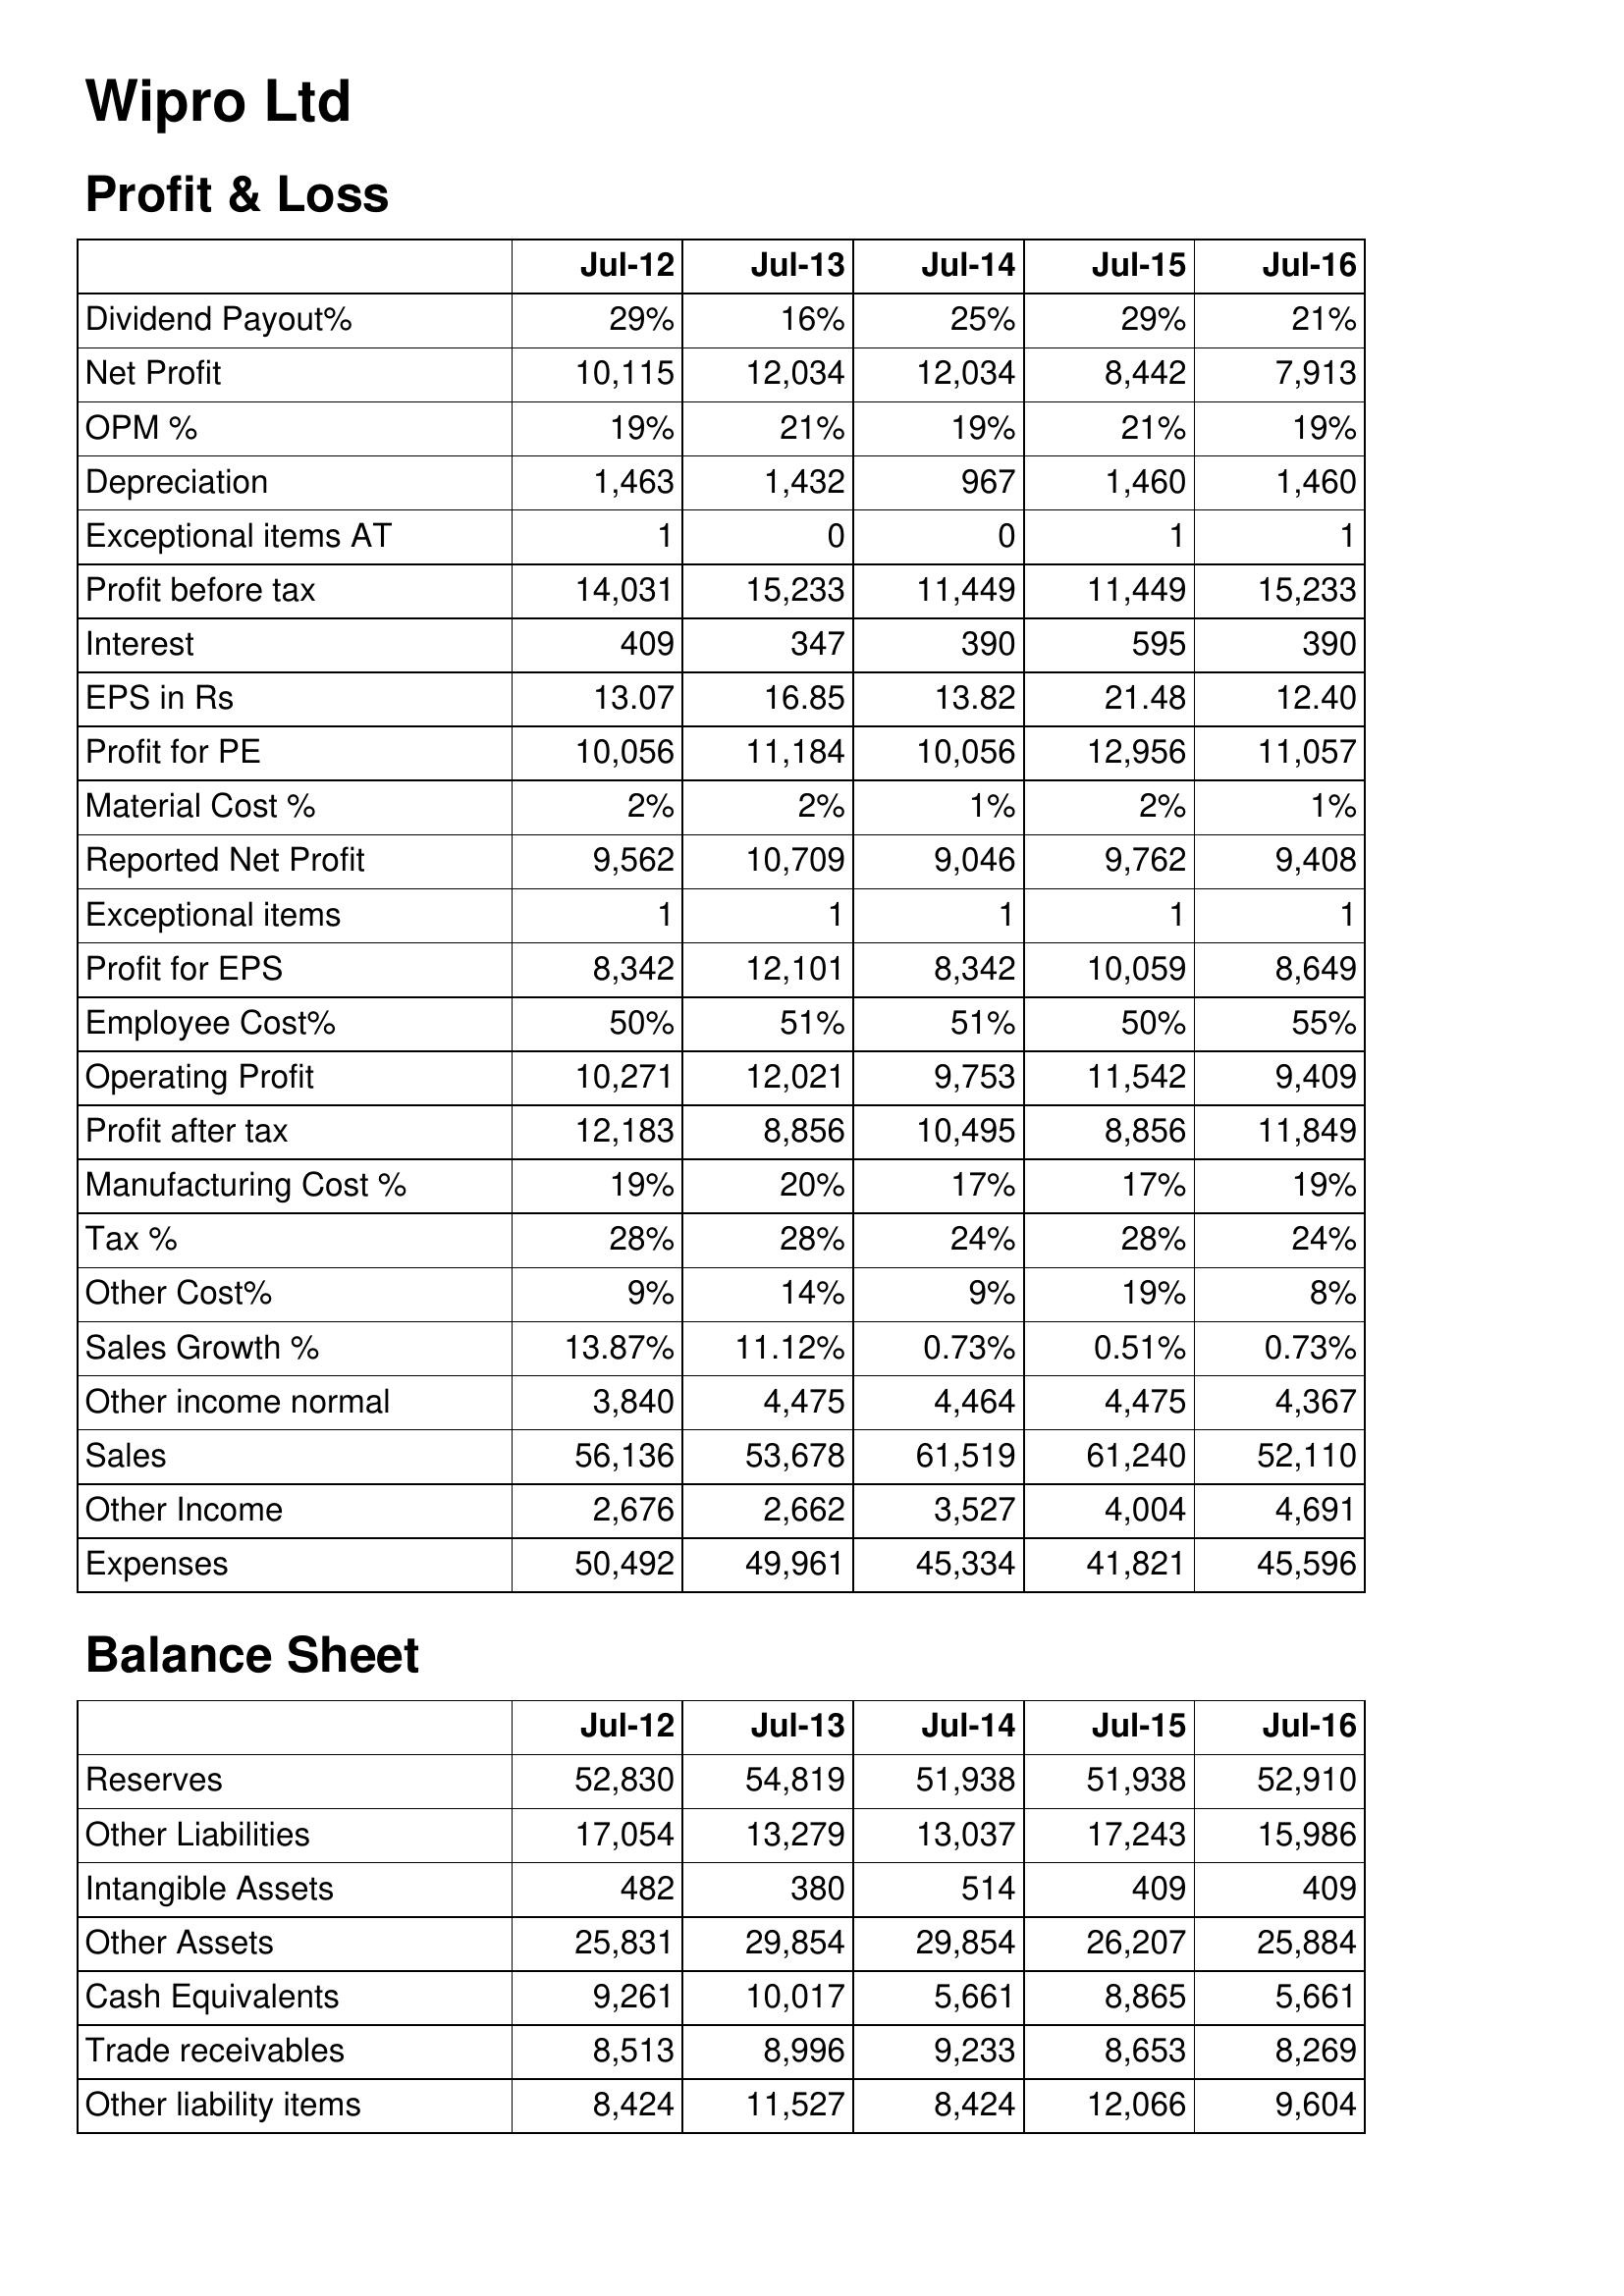
Jul-12: Profit & Loss: Dividend Payout%: 29%
Net Profit: 10,115
OPM %: 19%
Depreciation: 1,463
Exceptional items AT: 1
Profit before tax: 14,031
Interest: 409
EPS in Rs: 13.07
Profit for PE: 10,056
Material Cost %: 2%
Reported Net Profit: 9,562
Exceptional items: 1
Profit for EPS: 8,342
Employee Cost%: 50%
Operating Profit: 10,271
Profit after tax: 12,183
Manufacturing Cost %: 19%
Tax %: 28%
Other Cost%: 9%
Sales Growth %: 13.87%
Other income normal: 3,840
Sales: 56,136
Other Income: 2,676
Expenses: 50,492
Balance Sheet: Reserves: 52,830
Other Liabilities: 17,054
Intangible Assets: 482
Other Assets: 25,831
Cash Equivalents: 9,261
Trade receivables: 8,513
Other liability items: 8,424
Jul-13: Profit & Loss: Dividend Payout%: 16%
Net Profit: 12,034
OPM %: 21%
Depreciation: 1,432
Exceptional items AT: 0
Profit before tax: 15,233
Interest: 347
EPS in Rs: 16.85
Profit for PE: 11,184
Material Cost %: 2%
Reported Net Profit: 10,709
Exceptional items: 1
Profit for EPS: 12,101
Employee Cost%: 51%
Operating Profit: 12,021
Profit after tax: 8,856
Manufacturing Cost %: 20%
Tax %: 28%
Other Cost%: 14%
Sales Growth %: 11.12%
Other income normal: 4,475
Sales: 53,678
Other Income: 2,662
Expenses: 49,961
Balance Sheet: Reserves: 54,819
Other Liabilities: 13,279
Intangible Assets: 380
Other Assets: 29,854
Cash Equivalents: 10,017
Trade receivables: 8,996
Other liability items: 11,527
Jul-14: Profit & Loss: Dividend Payout%: 25%
Net Profit: 12,034
OPM %: 19%
Depreciation: 967
Exceptional items AT: 0
Profit before tax: 11,449
Interest: 390
EPS in Rs: 13.82
Profit for PE: 10,056
Material Cost %: 1%
Reported Net Profit: 9,046
Exceptional items: 1
Profit for EPS: 8,342
Employee Cost%: 51%
Operating Profit: 9,753
Profit after tax: 10,495
Manufacturing Cost %: 17%
Tax %: 24%
Other Cost%: 9%
Sales Growth %: 0.73%
Other income normal: 4,464
Sales: 61,519
Other Income: 3,527
Expenses: 45,334
Balance Sheet: Reserves: 51,938
Other Liabilities: 13,037
Intangible Assets: 514
Other Assets: 29,854
Cash Equivalents: 5,661
Trade receivables: 9,233
Other liability items: 8,424
Jul-15: Profit & Loss: Dividend Payout%: 29%
Net Profit: 8,442
OPM %: 21%
Depreciation: 1,460
Exceptional items AT: 1
Profit before tax: 11,449
Interest: 595
EPS in Rs: 21.48
Profit for PE: 12,956
Material Cost %: 2%
Reported Net Profit: 9,762
Exceptional items: 1
Profit for EPS: 10,059
Employee Cost%: 50%
Operating Profit: 11,542
Profit after tax: 8,856
Manufacturing Cost %: 17%
Tax %: 28%
Other Cost%: 19%
Sales Growth %: 0.51%
Other income normal: 4,475
Sales: 61,240
Other Income: 4,004
Expenses: 41,821
Balance Sheet: Reserves: 51,938
Other Liabilities: 17,243
Intangible Assets: 409
Other Assets: 26,207
Cash Equivalents: 8,865
Trade receivables: 8,653
Other liability items: 12,066
Jul-16: Profit & Loss: Dividend Payout%: 21%
Net Profit: 7,913
OPM %: 19%
Depreciation: 1,460
Exceptional items AT: 1
Profit before tax: 15,233
Interest: 390
EPS in Rs: 12.40
Profit for PE: 11,057
Material Cost %: 1%
Reported Net Profit: 9,408
Exceptional items: 1
Profit for EPS: 8,649
Employee Cost%: 55%
Operating Profit: 9,409
Profit after tax: 11,849
Manufacturing Cost %: 19%
Tax %: 24%
Other Cost%: 8%
Sales Growth %: 0.73%
Other income normal: 4,367
Sales: 52,110
Other Income: 4,691
Expenses: 45,596
Balance Sheet: Reserves: 52,910
Other Liabilities: 15,986
Intangible Assets: 409
Other Assets: 25,884
Cash Equivalents: 5,661
Trade receivables: 8,269
Other liability items: 9,604